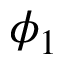
\phi _ { 1 }